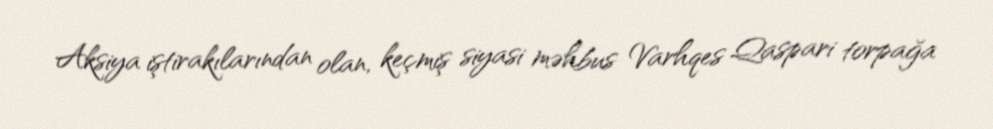
Aksiya iştirakılarından olan, keçmiş siyasi məhbus Varhqes Qaspari torpağa